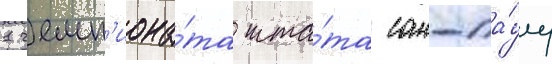
1 чемп'иона́та шта́та сан-па́улу